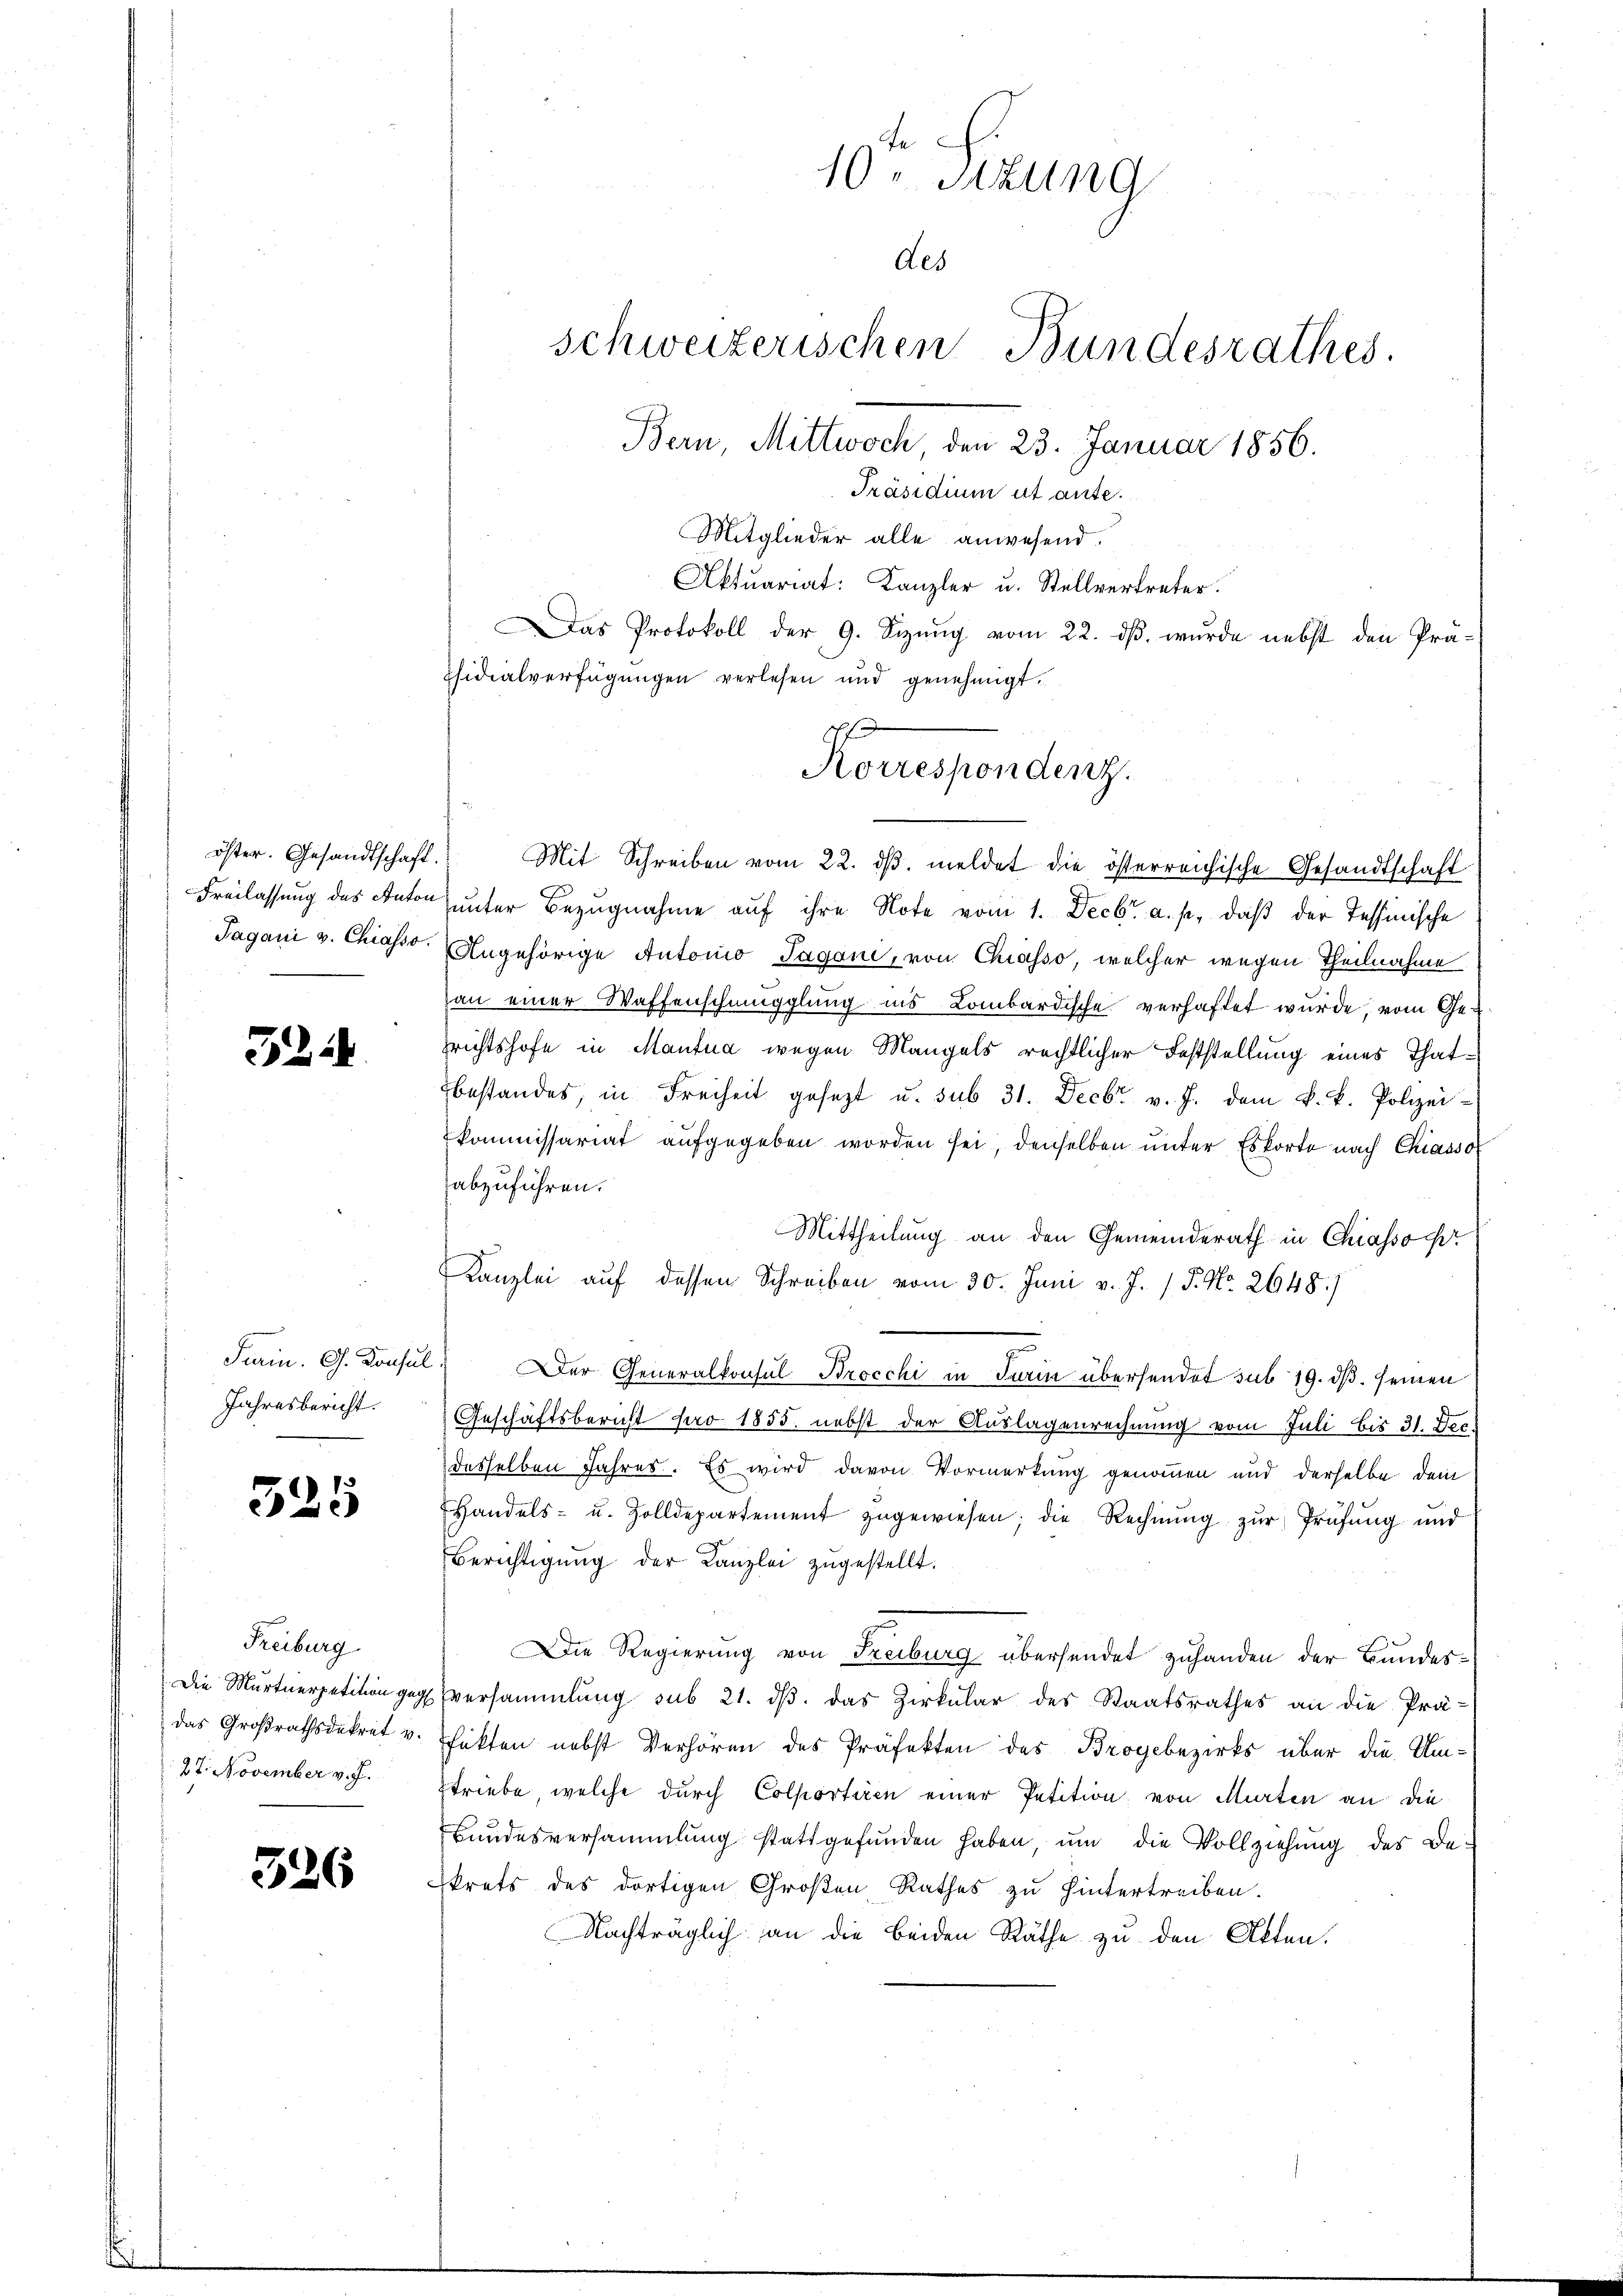
1224

Jahresbericht.

325

Freiburg
Die Murtnerpetition gege
das Großrathsdekret v.
27. November v. J.

526

Mitglieder alle anwesend.
Aktuariat: Kanzler u. Stellvertreter.
Das Protokoll der 9. Sizung vom 22. ds. wurde nebst den Prä¬
Tsidialverfügungen verlesen und genehmigt.
öster. Gesandtschaft. Mit Schreiben vom 22. dβ. meldet die österreichische Gesandtschaft
Freilassung des Autor unter Bezugnahme auf ihre Note vom 1. Decbr. a. p., daß der Tessinische
Jagani v. Chiasso. Angehörige Autonio Sagoni, von Chiasso, welcher wegen Theilnahme
an einer Waffenschmüpplung ins Lombardische verhaftet wurde, vom Gezrichtshofe in Mantua wegen Mangels rechtlicher Feststellung eines Thatbestandes, in Freiheit gesetzt u. sub 31. Decbr. v. J. dem k. k. Polizei-
kommissariat aufgegeben worden sei, denselben unter Eskorte nach Chiassol
abzuführen.
Mittheilung an den Gemeinderath in Chiasso pr
Kanzlei auf dessen Schreiben vom 30. Juni v. J. 1 P. No. 2648./
Sain. G. Konsul) Der Generalkonsul Brocchi in Turin übersendet sub 19. ds. seinen
Geschäftsbericht pro 1855. nebst der Auslagenrechnung vom Juli bis 31. Dec.
desselben Jahres. Es wird davon Vormerkung genommen und derselbe dein
Handels- u. Zolldepartement zugewiesen; die Rechnŭng zŭr Prüfŭng und
Berichtigŭng der Kanzlei zugestellt.
Die Regierung von Freiburg übersendet zuhanden der Bundes¬
4 versammlung sub 21. dβ. das Zirkular des Staatsrathes an die Prä-
fekten nebst Verhören des Präfekten des Broyebezirks über die Umstriebe, welche durch Colportiren einer Petition von Murten an die
Bundesversammlung stattgefŭnden haben, um die Vollziehung des Be-
krets des dortigen Großen Rathes zu hintertreiben.
Nachträglich an die beiden Räthe zu den Akten.

fe
10. Sitzung
des
schweizerischen Bundesrathes.
Bern, Mittwoch 23. Januar 1856.
Präsidium ut ante.

Korrespondenz.